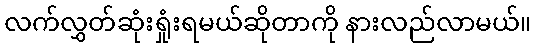
လက်လွှတ်ဆုံးရှုံးရမယ်ဆိုတာကို နားလည်လာမယ်။